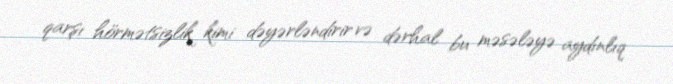
qarşı hörmətsizlik kimi dəyərləndirir və dərhal bu məsələyə aydınlıq